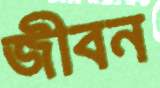
জীবন